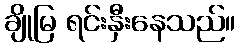
ချိုမြ ရင်းနှီးနေသည်။